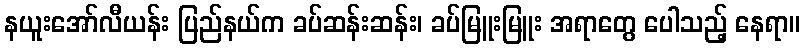
နယူးအော်လီယန်း ပြည်နယ်က ခပ်ဆန်းဆန်း၊ ခပ်မြူးမြူး အရာတွေ ပေါသည့် နေရာ။